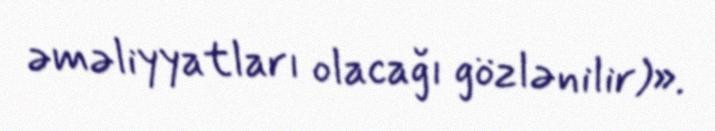
əməliyyatları olacağı gözlənilir)».